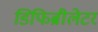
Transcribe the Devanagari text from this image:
डिफिब्रीलेटर